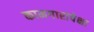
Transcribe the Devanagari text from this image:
कामगारांपेक्षा